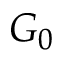
G _ { 0 }